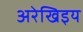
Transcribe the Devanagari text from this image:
अरेखिइय